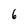
Character: 6